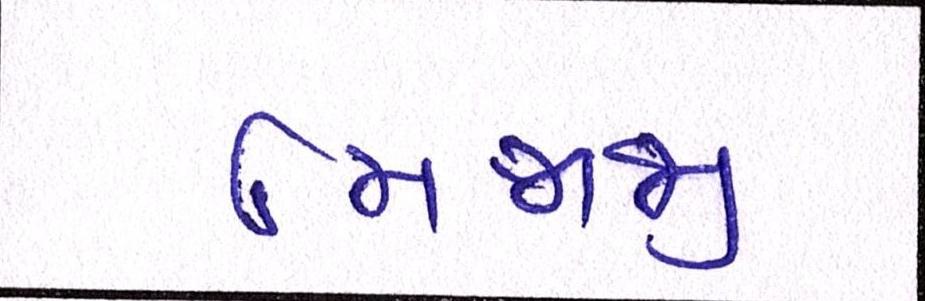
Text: મિજાજી